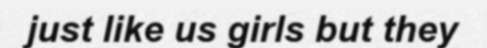
just like us girls but they